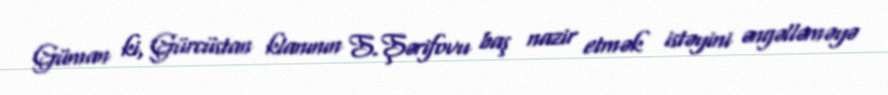
Güman ki, Gürcüstan klanının S.Şərifovu baş nazir etmək istəyini əngəlləməyə